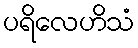
ပရိလေဟိသံ